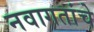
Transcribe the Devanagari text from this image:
नवागतांचे